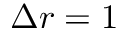
\Delta r = 1